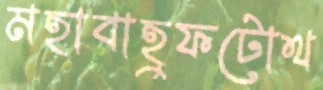
মহাবাহুফটোথ